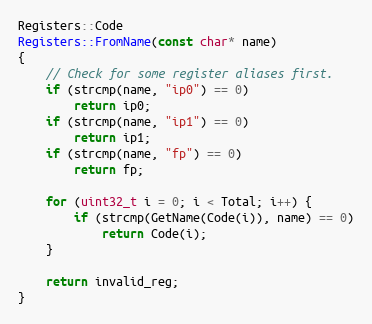
Language: C++
Registers::Code
Registers::FromName(const char* name)
{
    // Check for some register aliases first.
    if (strcmp(name, "ip0") == 0)
        return ip0;
    if (strcmp(name, "ip1") == 0)
        return ip1;
    if (strcmp(name, "fp") == 0)
        return fp;

    for (uint32_t i = 0; i < Total; i++) {
        if (strcmp(GetName(Code(i)), name) == 0)
            return Code(i);
    }

    return invalid_reg;
}